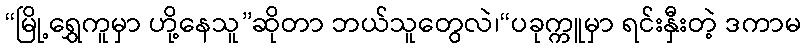
“မြို့ရွှေကူမှာ ဟို့နေသူ”ဆိုတာ ဘယ်သူတွေလဲ၊“ပခုက္ကူမှာ ရင်းနှီးတဲ့ ဒကာမ